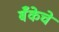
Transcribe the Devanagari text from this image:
बॅँकेचे